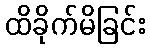
ထိခိုက်မိခြင်း